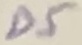
Text: D5